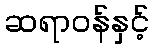
ဆရာဝန်နှင့်